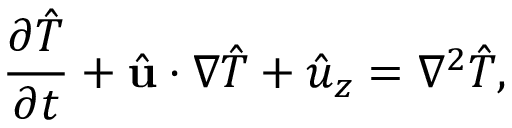
\frac { \partial \hat { T } } { \partial t } + \hat { \mathbf { u } } \cdot \nabla \hat { T } + \hat { u } _ { z } = \nabla ^ { 2 } \hat { T } ,